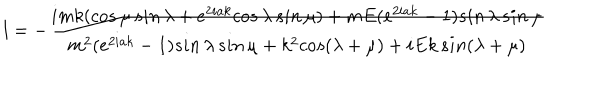
LaTeX: l = - \frac { i m k ( c o s \, \mu \, s i n \, \lambda + e ^ { 2 i a k } c o s \, \lambda \, s i n \, \mu ) + m E ( e ^ { 2 i a k } - 1 ) s i n \, \lambda \, s i n \, \mu } { m ^ { 2 } ( e ^ { 2 i a k } - 1 ) s i n \, \lambda \, s i n \, \mu + k ^ { 2 } c o s ( \lambda + \mu ) + i E k \, s i n ( \lambda + \mu ) }